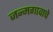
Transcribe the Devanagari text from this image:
जन्मगावाचे